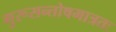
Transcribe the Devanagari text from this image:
गुरूसन्तोषमात्रतः